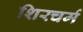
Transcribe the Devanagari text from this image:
शिरचर्म